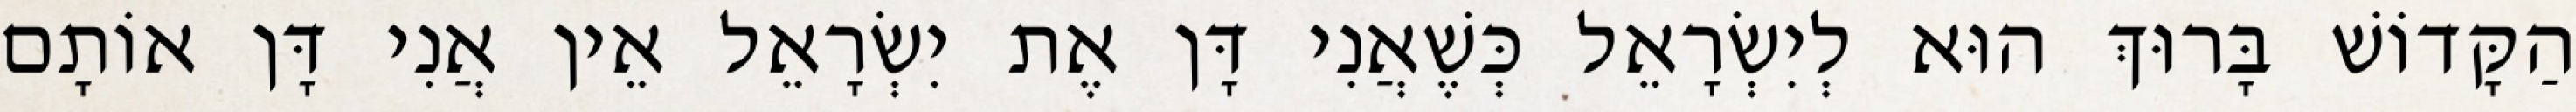
הַקָּדוֹשׁ בָּרוּךְ הוּא לְיִשְׂרָאֵל כְּשֶׁאֲנִי דָּן אֶת יִשְׂרָאֵל אֵין אֲנִי דָּן אוֹתָם